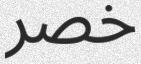
خصر